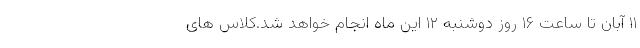
۱۱ آبان تا ساعت ۱۶ روز دوشنبه ۱۲ این ماه انجام خواهد شد.کلاس های